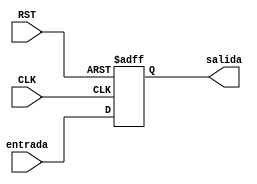
`timescale 1ns / 1ps
//////////////////////////////////////////////////////////////////////////////////
// Company: 
// Engineer: 
// 
// Design Name: 
// Module Name: Registro_PP_8b
// Project Name: 
// Target Devices: 
// Tool Versions: 
// Description: 
// 
// Dependencies: 
// 
// Revision:
// Revision 0.01 - File Created
// Additional Comments:
// 
//////////////////////////////////////////////////////////////////////////////////


module Registro_PP_7b(input [6:0] entrada, input RST, input CLK, output reg [6:0] salida
    );
    always @(posedge CLK or posedge RST)
        if (RST) begin
            salida <= 7'd0;
        end
        else begin
            salida <= entrada;
        end
endmodule